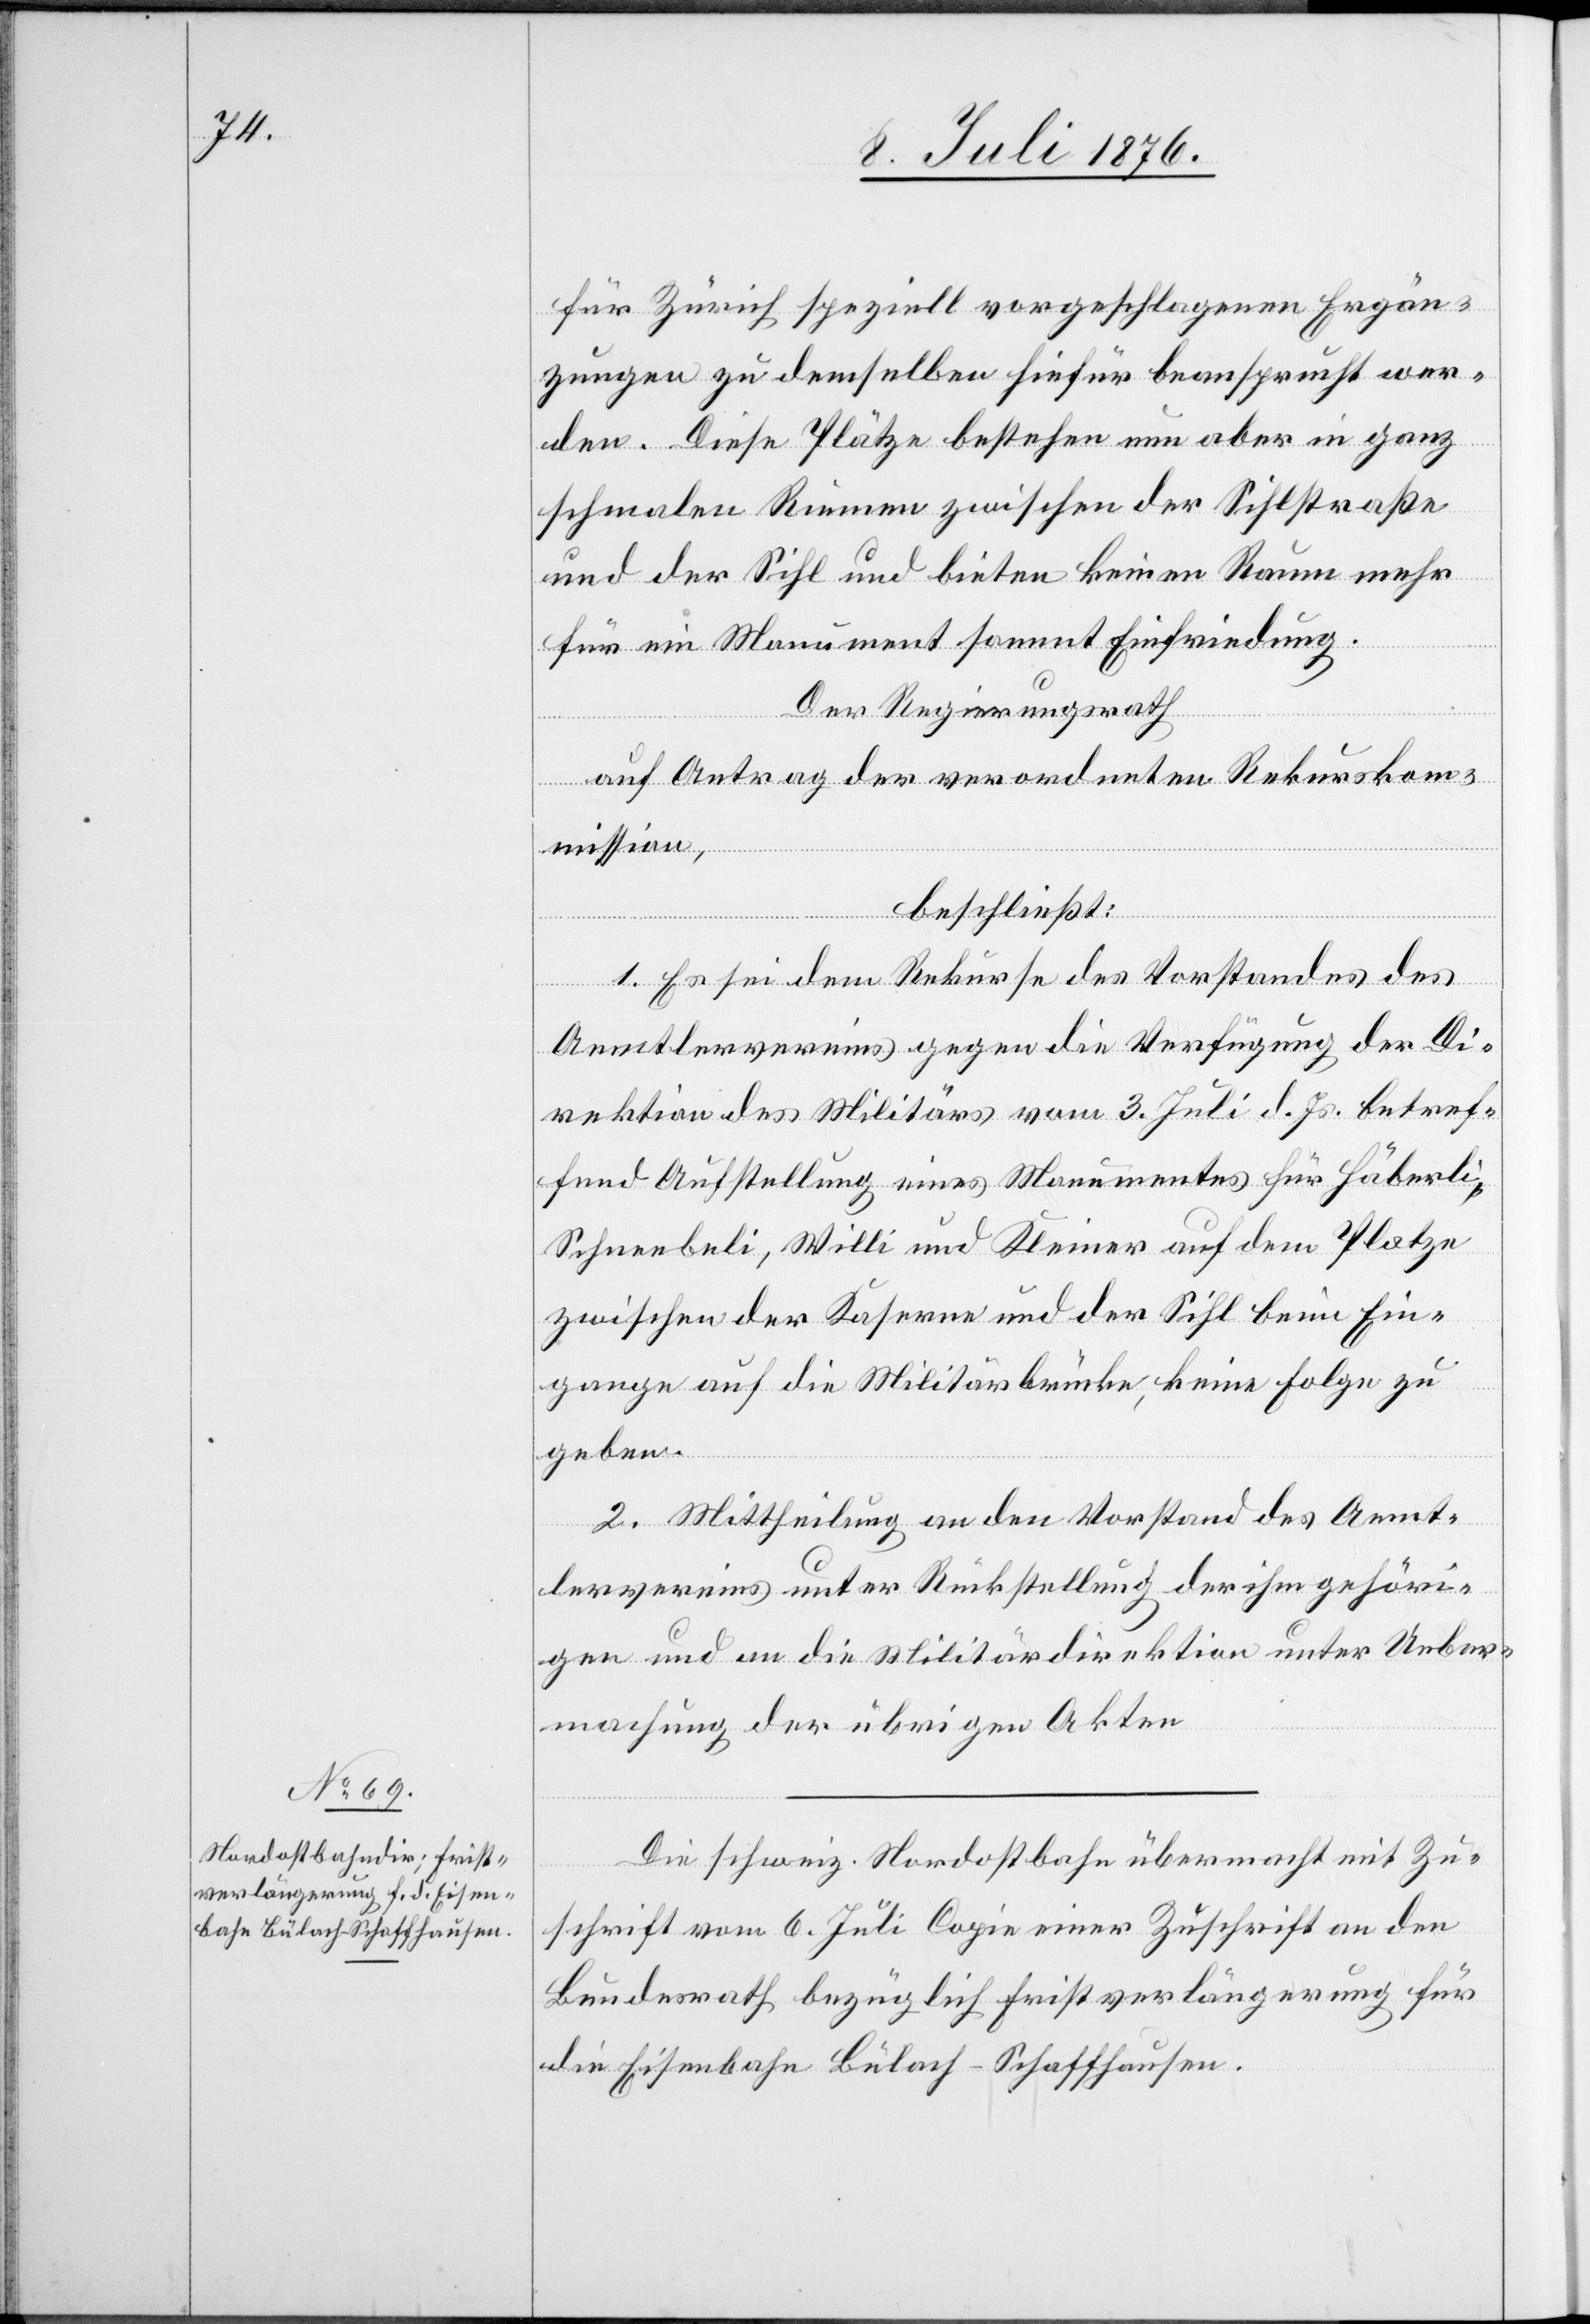
für Zürich speziell vorgeschlagenen Ergän¬
zungen zu demselben hiefür beansprucht wer¬
den. Diese Plätze bestehen nun aber in ganz
schmalen Riemen zwischen der Sihlstraße
und der Sihl und bieten keinen Raum mehr
für ein Monument sammt Einfriedung.
Der Regierungsrath
auf Antrag der verordneten Rekurskom¬
mission,
beschließt:
1. Es sei dem Rekurse des Vorstandes des
Aemtlervereins gegen die Verfügung der Di¬
rektion des Militärs vom 3. Juli d. Js. betref¬
fend Aufstellung eines Monumentes für Häberli,
Schneebeli, Willi und Kleiner auf dem Platze
zwischen der Kaserne und der Sihl beim Ein¬
gange auf die Militärbrücke, keine Folge zu
geben.
2. Mittheilung an den Vorstand des Aemt¬
lervereins unter Rückstellung der ihm gehöri¬
gen und an die Militärdirektion unter Ueber¬
machung der übrigen Akten.
Die schweiz. Nordostbahn übermacht mit Zu¬
schrift vom 6. Juli [eine] Copie einer Zuschrift an den
Bundesrath bezüglich Fristverlängerung für
die Eisenbahn Bülach–Schaffhausen.